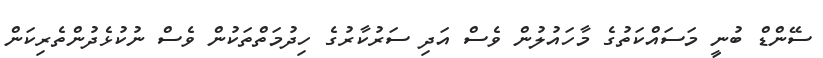
ސޭންޑް ބުނީ މަސައްކަތުގެ މާހައުލުން ވެސް އަދި ސަރުކާރުގެ ހިދުމަތްތަކުން ވެސް ނުކުޅެދުންތެރިކަން